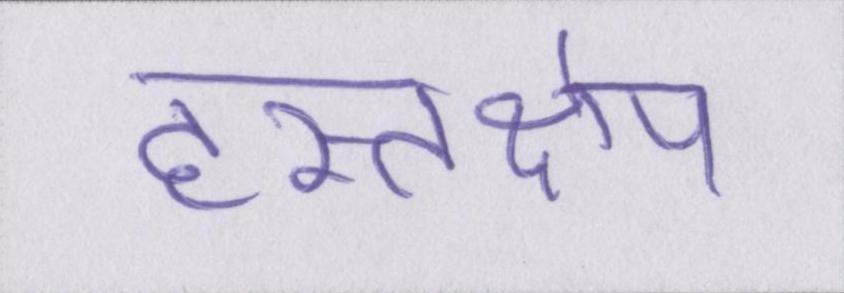
हस्तक्षेप